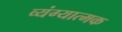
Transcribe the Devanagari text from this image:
व्‍यंग्‍यात्‍मक